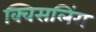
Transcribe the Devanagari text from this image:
क्विसलिंग